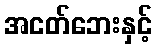
အငတ်ဘေးနှင့်